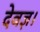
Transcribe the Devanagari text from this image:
देवज्ञ।